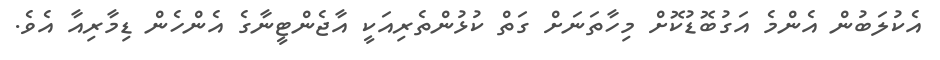
އެކުލަބުން އެންމެ އަގުބޮޑުކޮށް މިހާތަނަށް ގަތް ކުޅުންތެރިއަކީ އާޖެންޓީނާގެ އެންހެން ޑިމާރިއާ އެވެ.